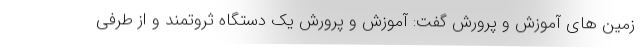
زمین های آموزش و پرورش گفت: آموزش و پرورش یک دستگاه ثروتمند و از طرفی